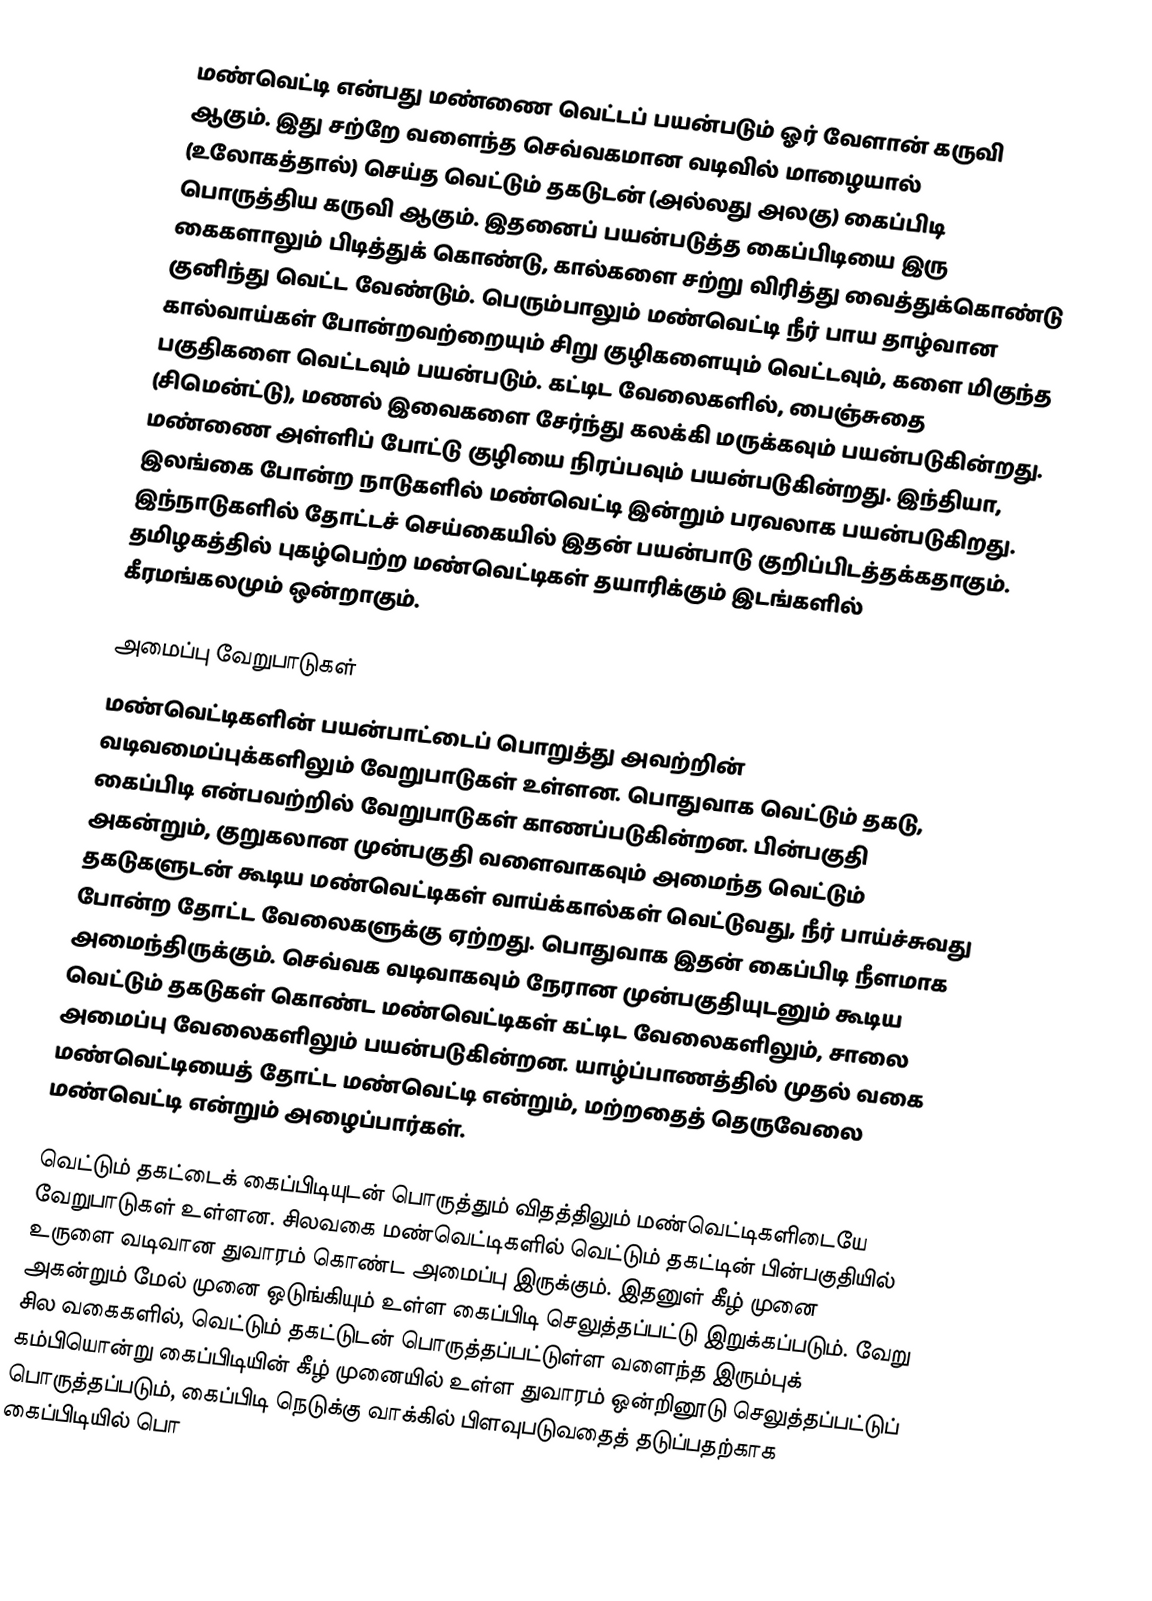
மண்வெட்டி என்பது மண்ணை வெட்டப் பயன்படும் ஓர் வேளான் கருவி ஆகும். இது சற்றே வளைந்த செவ்வகமான வடிவில் மாழையால் (உலோகத்தால்) செய்த வெட்டும் தகடுடன் (அல்லது அலகு) கைப்பிடி  பொருத்திய கருவி ஆகும். இதனைப் பயன்படுத்த கைப்பிடியை இரு கைகளாலும் பிடித்துக் கொண்டு, கால்களை சற்று விரித்து வைத்துக்கொண்டு குனிந்து வெட்ட வேண்டும். பெரும்பாலும் மண்வெட்டி நீர் பாய தாழ்வான கால்வாய்கள் போன்றவற்றையும் சிறு குழிகளையும் வெட்டவும், களை மிகுந்த பகுதிகளை வெட்டவும் பயன்படும். கட்டிட வேலைகளில், பைஞ்சுதை (சிமென்ட்டு), மணல் இவைகளை சேர்ந்து கலக்கி மருக்கவும் பயன்படுகின்றது. மண்ணை அள்ளிப் போட்டு குழியை நிரப்பவும் பயன்படுகின்றது. இந்தியா, இலங்கை போன்ற நாடுகளில் மண்வெட்டி இன்றும் பரவலாக பயன்படுகிறது. இந்நாடுகளில் தோட்டச் செய்கையில் இதன் பயன்பாடு குறிப்பிடத்தக்கதாகும். தமிழகத்தில் புகழ்பெற்ற மண்வெட்டிகள் தயாரிக்கும் இடங்களில் கீரமங்கலமும் ஒன்றாகும்.

அமைப்பு வேறுபாடுகள்
மண்வெட்டிகளின் பயன்பாட்டைப் பொறுத்து அவற்றின் வடிவமைப்புக்களிலும் வேறுபாடுகள் உள்ளன. பொதுவாக வெட்டும் தகடு, கைப்பிடி என்பவற்றில் வேறுபாடுகள் காணப்படுகின்றன. பின்பகுதி அகன்றும், குறுகலான முன்பகுதி வளைவாகவும் அமைந்த வெட்டும் தகடுகளுடன் கூடிய மண்வெட்டிகள் வாய்க்கால்கள் வெட்டுவது, நீர் பாய்ச்சுவது போன்ற தோட்ட வேலைகளுக்கு ஏற்றது. பொதுவாக இதன் கைப்பிடி நீளமாக அமைந்திருக்கும். செவ்வக வடிவாகவும் நேரான முன்பகுதியுடனும் கூடிய வெட்டும் தகடுகள் கொண்ட மண்வெட்டிகள் கட்டிட வேலைகளிலும், சாலை அமைப்பு வேலைகளிலும் பயன்படுகின்றன. யாழ்ப்பாணத்தில் முதல் வகை மண்வெட்டியைத் தோட்ட மண்வெட்டி என்றும், மற்றதைத் தெருவேலை மண்வெட்டி என்றும் அழைப்பார்கள்.

வெட்டும் தகட்டைக் கைப்பிடியுடன் பொருத்தும் விதத்திலும் மண்வெட்டிகளிடையே வேறுபாடுகள் உள்ளன. சிலவகை மண்வெட்டிகளில் வெட்டும் தகட்டின் பின்பகுதியில் உருளை வடிவான துவாரம் கொண்ட அமைப்பு இருக்கும். இதனுள் கீழ் முனை அகன்றும் மேல் முனை ஒடுங்கியும் உள்ள கைப்பிடி செலுத்தப்பட்டு இறுக்கப்படும். வேறு சில வகைகளில், வெட்டும் தகட்டுடன் பொருத்தப்பட்டுள்ள வளைந்த இரும்புக் கம்பியொன்று கைப்பிடியின் கீழ் முனையில் உள்ள துவாரம் ஒன்றினூடு செலுத்தப்பட்டுப் பொருத்தப்படும், கைப்பிடி நெடுக்கு வாக்கில் பிளவுபடுவதைத் தடுப்பதற்காக கைப்பிடியில் பொ